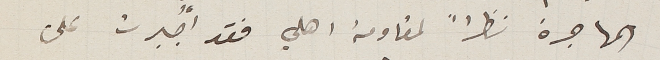
المهاجرة نظراً لمقاومة اهلي فقد أُجبرت على